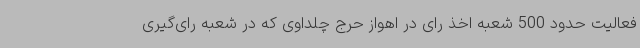
فعالیت حدود 500 شعبه اخذ رای در اهواز حرج چلداوی که در شعبه رای‌گیری